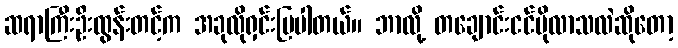
ဆရာကြီးဦးထွန်းတင့်က အခုလိုရှင်းပြပါတယ်။ ဘာလို့ တချောင်းငင်ပိုလာသလဲဆိုတော့